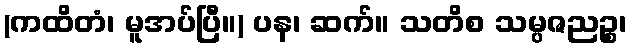
(ကထိတံ၊ မူအပ်ပြီ။) ပန၊ ဆက်။ သတိစ သမ္ပဇညဉ္စ၊